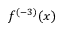
f ^ { ( - 3 ) } ( x )